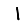
Digit: 1